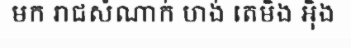
មក រាជសំណាក់ ហង់ តេមិង អ៊ិង